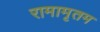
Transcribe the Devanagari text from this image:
रामामृतम